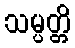
သမ္ပတ္တိ